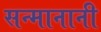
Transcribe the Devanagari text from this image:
सन्मानानी